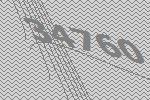
34760